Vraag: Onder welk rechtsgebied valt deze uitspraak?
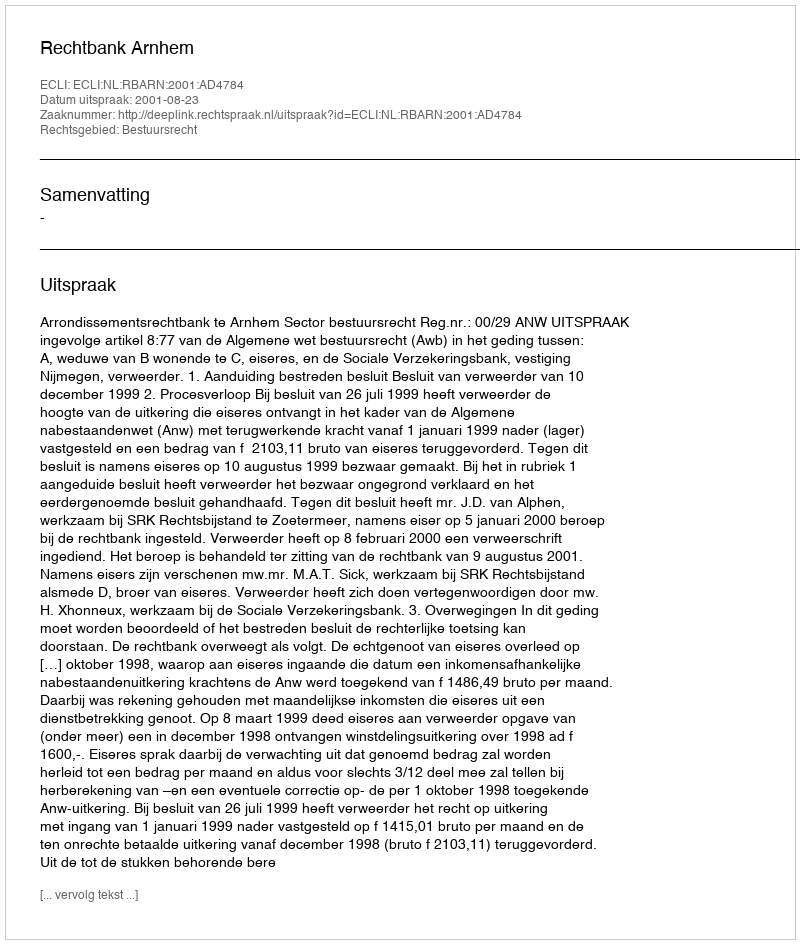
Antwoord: Bestuursrecht